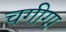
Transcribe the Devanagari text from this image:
चगीगा